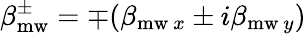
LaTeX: \beta_{\mathrm{mw}}^{\pm}=\mp(\beta_{\mathrm{mw}~x}\pm i\beta_{\mathrm{mw}~y})